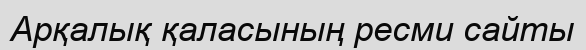
Арқалық қаласының ресми сайты